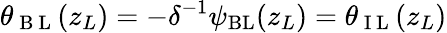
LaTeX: \theta_{\mathrm{~B~L~}}(z_{L})=-\delta^{-1}\psi_{\mathrm{{BL}}}(z_{L})=\theta_{\mathrm{~I~L~}}(z_{L})